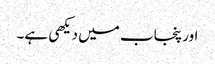
اور پنجاب میں دیکھی ہے۔